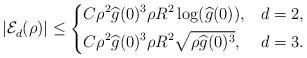
LaTeX: \begin{align*}|\mathcal{E}_d^{}(\rho)| \leq \begin{dcases} C \rho^2 \widehat{g}(0)^3 \rho R^2 \log(\widehat{g}(0)), & d=2,\\C\rho^2 \widehat{g}(0)^3 \rho R^2 \sqrt{\rho \widehat{g}(0)^3}, & d=3.\end{dcases}\end{align*}